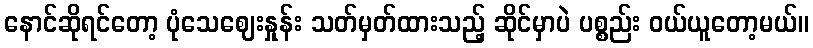
နောင်ဆိုရင်တော့ ပုံသေဈေးနှုန်း သတ်မှတ်ထားသည့် ဆိုင်မှာပဲ ပစ္စည်း ဝယ်ယူတော့မယ်။